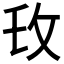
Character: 𫾧